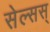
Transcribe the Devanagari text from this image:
सेल्सस्